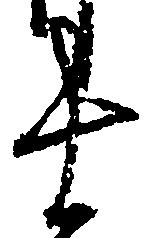
十